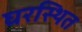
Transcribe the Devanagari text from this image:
घरस्थित